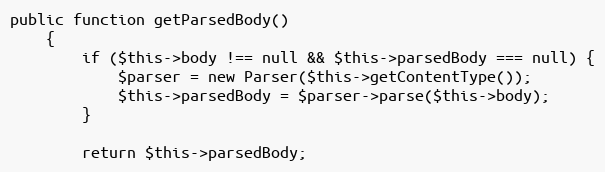
Language: PHP
public function getParsedBody()
    {
        if ($this->body !== null && $this->parsedBody === null) {
            $parser = new Parser($this->getContentType());
            $this->parsedBody = $parser->parse($this->body);
        }

        return $this->parsedBody;